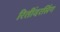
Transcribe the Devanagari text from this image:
रितींदरसिंग